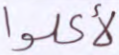
لأكلوا